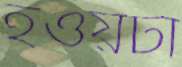
হওয়টা